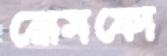
রোমফো